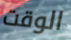
الوقت